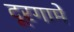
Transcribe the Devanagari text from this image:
दूरगामे